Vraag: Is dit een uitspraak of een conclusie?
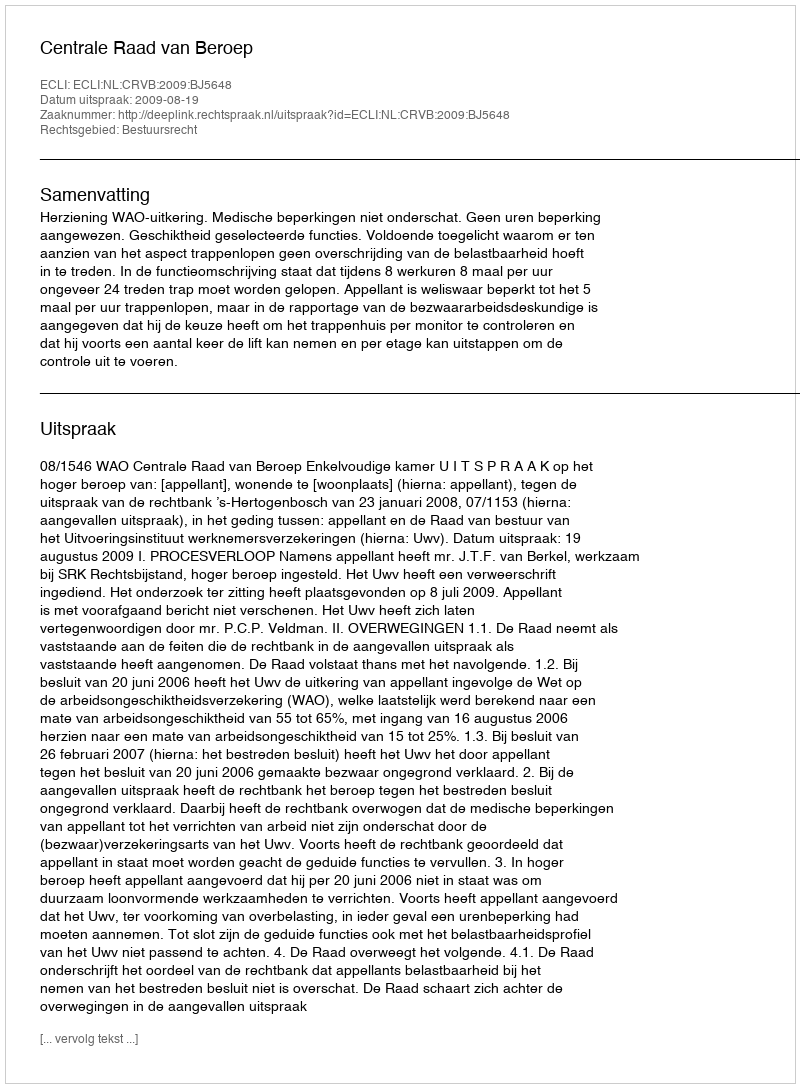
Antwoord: Uitspraak